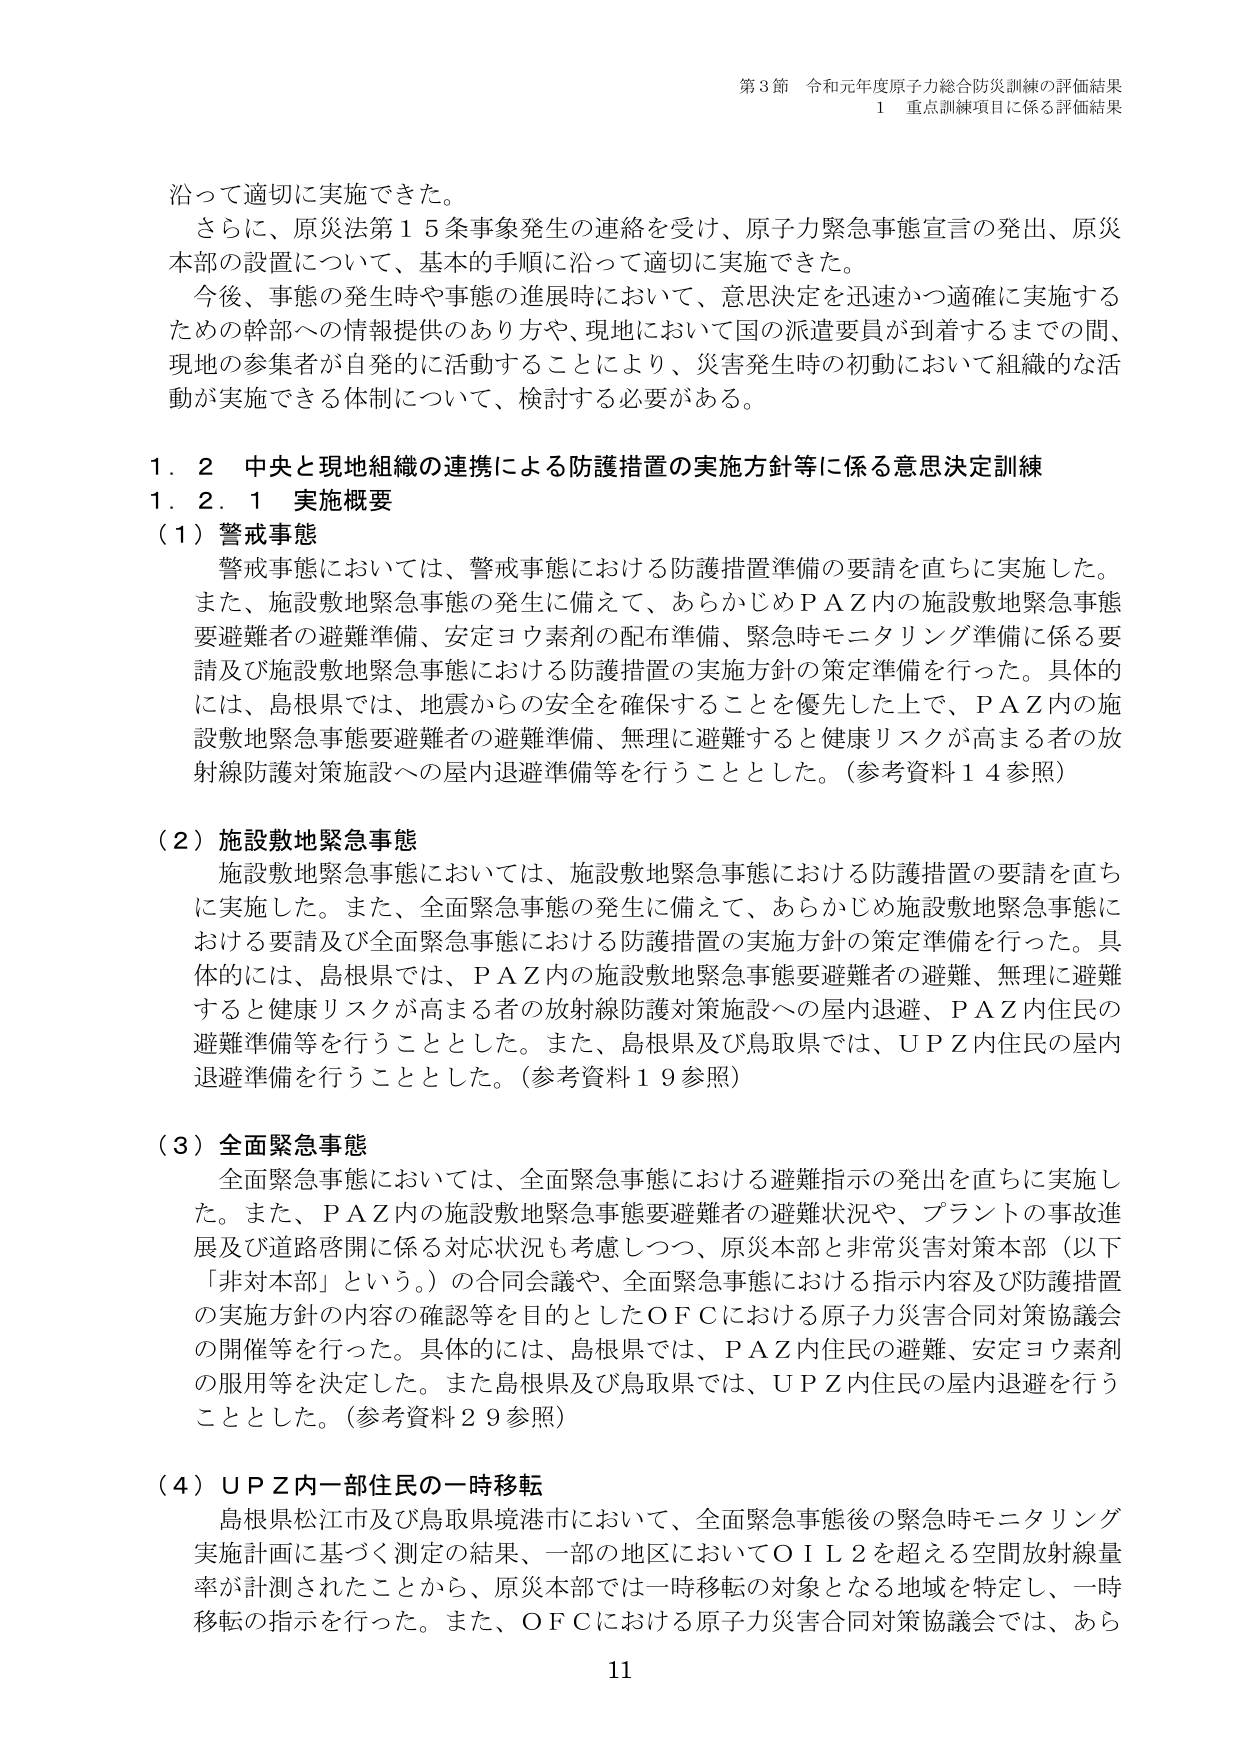
第3節 令和元年度原子力総合防災訓練の評価結果
1 重点訓練項目に係る評価結果

沿って適切に実施できた。
さらに、原災法第15条事象発生の連絡を受け、原子力緊急事態宣言の発出、原災本部の設置について、基本的手順に沿って適切に実施できた。
今後、事態の発生時や事態の進展時において、意思決定を迅速かつ適確に実施するための幹部への情報提供のあり方や、現地において国の派遣要員が到着するまでの間、現地の参集者が自発的に活動することにより、災害発生時の初動において組織的な活動が実施できる体制について、検討する必要がある。

1．2 中央と現地組織の連携による防護措置の実施方針等に係る意思決定訓練
1．2．1 実施概要
（1）警戒事態
警戒事態においては、警戒事態における防護措置準備の要請を直ちに実施した。また、施設敷地緊急事態の発生に備えて、あらかじめPAZ内の施設敷地緊急事態要避難者の避難準備、安定ヨウ素剤の配布準備、緊急時モニタリング準備に係る要請及び施設敷地緊急事態における防護措置の実施方針の策定準備を行った。具体的には、島根県では、地震からの安全を確保することを優先した上で、PAZ内の施設敷地緊急事態要避難者の避難準備、無理に避難すると健康リスクが高まる者の放射線防護対策施設への屋内退避準備等を行うこととした。（参考資料14参照）

（2）施設敷地緊急事態
施設敷地緊急事態においては、施設敷地緊急事態における防護措置の要請を直ちに実施した。また、全面緊急事態の発生に備えて、あらかじめ施設敷地緊急事態における要請及び全面緊急事態における防護措置の実施方針の策定準備を行った。具体的には、島根県では、PAZ内の施設敷地緊急事態要避難者の避難、無理に避難すると健康リスクが高まる者の放射線防護対策施設への屋内退避、PAZ内住民の避難準備等を行うこととした。また、島根県及び鳥取県では、UPZ内住民の屋内退避準備を行うこととした。（参考資料19参照）

（3）全面緊急事態
全面緊急事態においては、全面緊急事態における避難指示の発出を直ちに実施した。また、PAZ内の施設敷地緊急事態要避難者の避難状況や、プラントの事故進展及び道路啓開に係る対応状況も考慮しつつ、原災本部と非常災害対策本部（以下「非対本部」という。）の合同会議や、全面緊急事態における指示内容及び防護措置の実施方針の内容の確認等を目的としたOFCにおける原子力災害合同対策協議会の開催等を行った。具体的には、島根県では、PAZ内住民の避難、安定ヨウ素剤の服用等を決定した。また島根県及び鳥取県では、UPZ内住民の屋内退避を行うこととした。（参考資料29参照）

（4）UPZ内一部住民の一時移転
島根県松江市及び鳥取県境港市において、全面緊急事態の緊急時モニタリング実施計画に基づく測定の結果、一部の地区においてOIL2を超える空間放射線量率が計測されたことから、原災本部では一時移転の対象となる地域を特定し、一時移転の指示を行った。また、OFCにおける原子力災害合同対策協議会では、あら

11